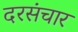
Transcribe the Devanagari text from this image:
दरसंचार